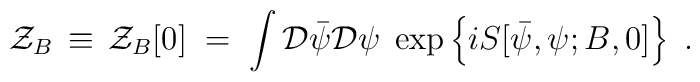
{\mathcal Z}_B\,\equiv\,{\mathcal Z}_B[0]\;=\; \int{\mathcal D}{\bar\psi}{\mathcal D}\psi \;\exp \left \{ i S[{\bar \psi},\psi;B,0] \right\}\;.